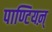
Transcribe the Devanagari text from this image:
पाण्टियऩ्